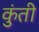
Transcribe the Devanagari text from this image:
कुुंती